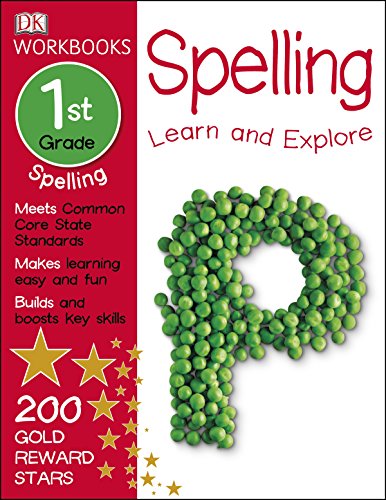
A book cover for DK Workbooks: Spelling, First Grade; DK; Children's Books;